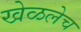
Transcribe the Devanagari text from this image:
खेळलेच